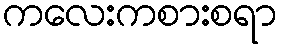
ကလေးကစားစရာ